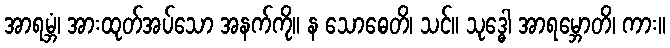
အာရမ္ဘံ၊ အားထုတ်အပ်သော အနက်ကို။ န သောဓေတိ၊ သင်။ သုဒ္ဓေါ အာရမ္ဘောတိ၊ ကား။